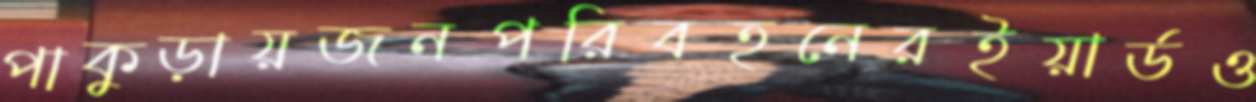
পাকুড়ায়জনপরিবহনেরইয়ার্ডও